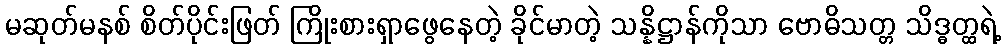
မဆုတ်မနစ် စိတ်ပိုင်းဖြတ် ကြိုးစားရှာဖွေနေတဲ့ ခိုင်မာတဲ့ သန္နိဋ္ဌာန်ကိုသာ ဗောဓိသတ္တ သိဒ္ဓတ္ထရဲ့